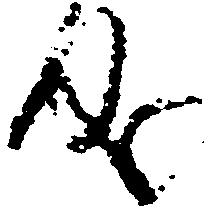
成